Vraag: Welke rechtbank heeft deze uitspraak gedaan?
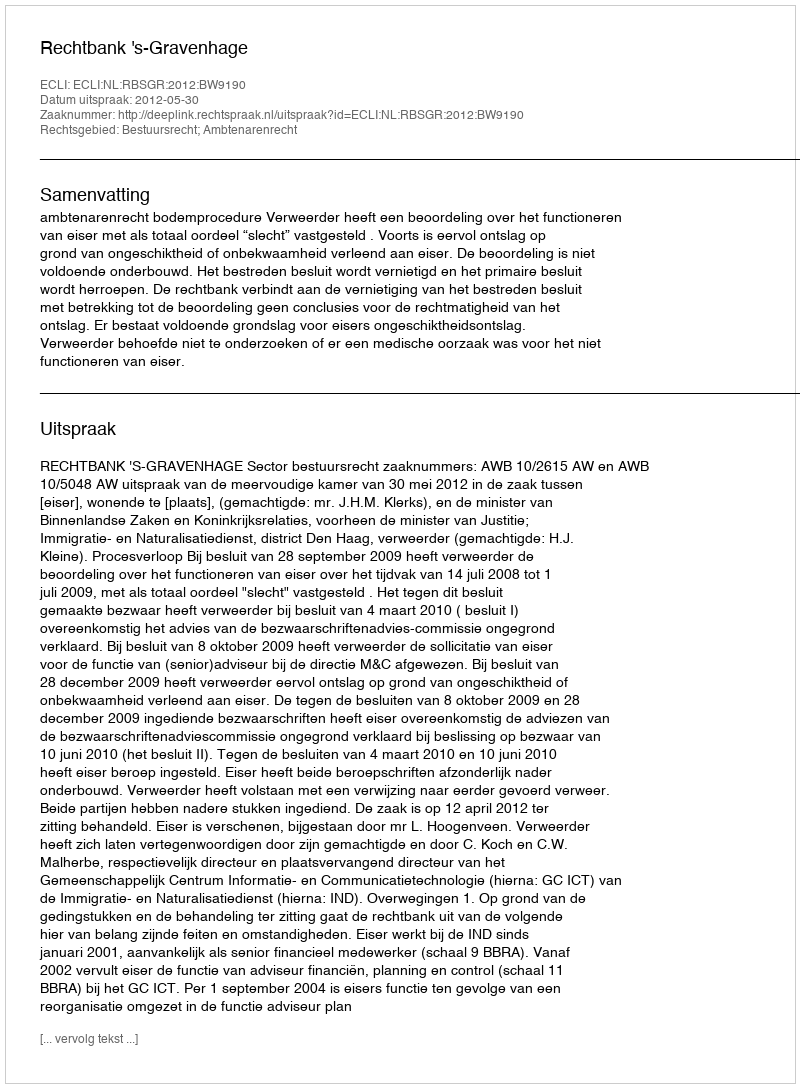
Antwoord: Rechtbank 's-Gravenhage